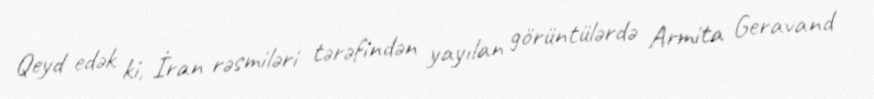
Qeyd edək ki, İran rəsmiləri tərəfindən yayılan görüntülərdə Armita Geravand